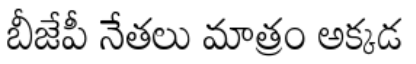
బీజేపీ నేతలు మాత్రం అక్కడ